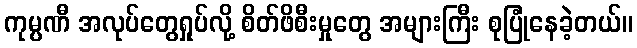
ကုမ္ပဏီ အလုပ်တွေရှုပ်လို့ စိတ်ဖိစီးမှုတွေ အများကြီး စုပြုံနေခဲ့တယ်။